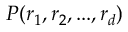
P ( r _ { 1 } , r _ { 2 } , . . . , r _ { d } )